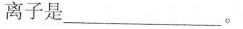
离子是___。